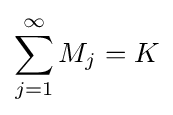
\sum _{j=1}^{\infty }M_{j}=K